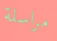
مراسلة